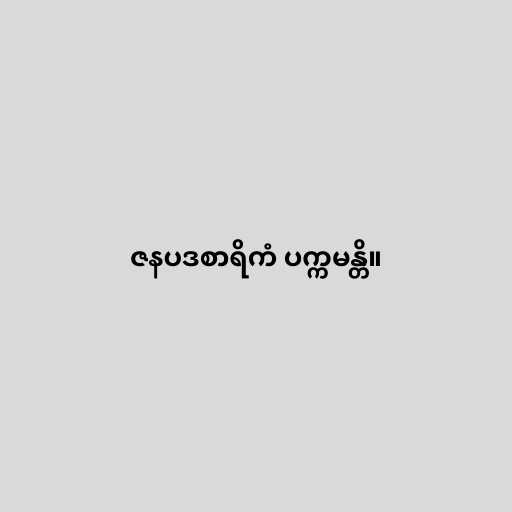
ဇနပဒစာရိကံ ပက္ကမန္တိ။